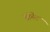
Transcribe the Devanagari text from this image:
ब्रोनेट